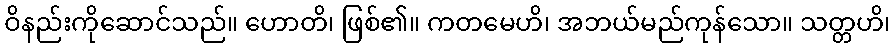
ဝိနည်းကိုဆောင်သည်။ ဟောတိ၊ ဖြစ်၏။ ကတမေဟိ၊ အဘယ်မည်ကုန်သော။ သတ္တဟိ၊